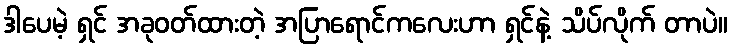
ဒါပေမဲ့ ရှင် အခုဝတ်ထားတဲ့ အပြာရောင်ကလေးဟာ ရှင်နဲ့ သိပ်လိုက် တာပဲ။